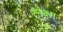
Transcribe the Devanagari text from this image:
स्नेक्स्